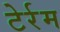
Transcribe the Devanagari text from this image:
टेर्रम